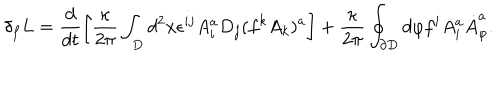
LaTeX: \delta _ { f } L = \frac { d } { d t } \left[ \frac { \kappa } { 2 \pi } \int _ { D } d ^ { 2 } x \epsilon ^ { i j } A _ { i } ^ { a } D _ { j } ( f ^ { k } A _ { k } ) ^ { a } \right] + \frac { \kappa } { 2 \pi } \oint _ { \partial { D } } d \varphi f ^ { i } A _ { i } ^ { a } { \dot { A } } _ { \varphi } ^ { a } .